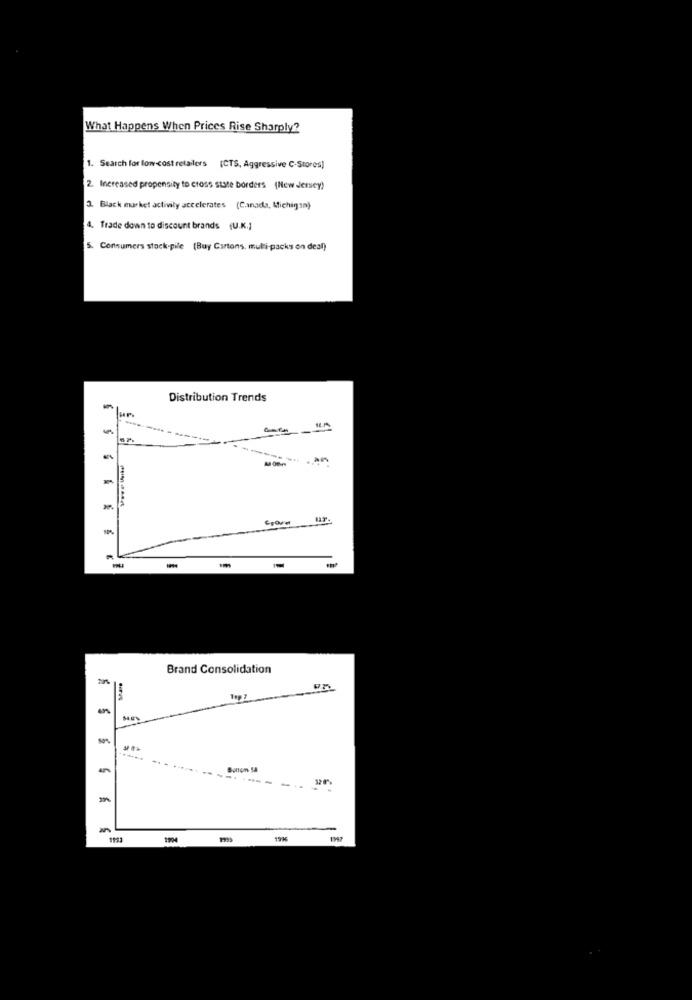
What Happens When Prices Rise Sharply?
1. Search for low cost retailers (CTS, Aggressive C-Stores]
2. Increased propensity to cross state borders (New Jersey)
3. Black market activity accelerates (Canada, Michigan)
4. Trade down to discount brands (U.K.]
5. Consumers stock pile (Buy Cartons, multi-packs on deal)
Distribution Trends
Brand Consolidation
..
1904
1997